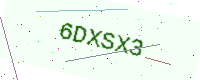
Text: 6DXSX3